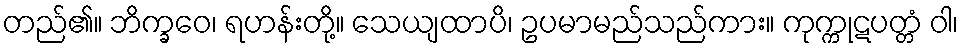
တည်၏။ ဘိက္ခဝေ၊ ရဟန်းတို့။ သေယျထာပိ၊ ဥပမာမည်သည်ကား။ ကုက္ကုဋပတ္တံ ဝါ၊